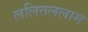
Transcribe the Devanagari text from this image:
ललितललाम